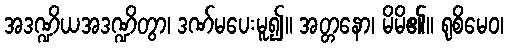
အဒဏ္ဍိယအဒဏ္ဍိတွာ၊ ဒဏ်မပေးမူ၍။ အတ္တနော၊ မိမိ၏။ ရုစိမေဝ၊